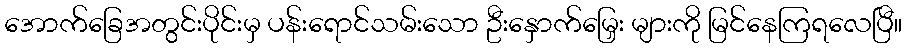
အောက်ခြေအတွင်းပိုင်းမှ ပန်းရောင်သမ်းသော ဦးနှောက်မြှေး များကို မြင်နေကြရလေပြီ။